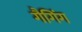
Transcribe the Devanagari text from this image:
गैगिंग